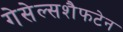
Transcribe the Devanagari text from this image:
गेसेल्सशैफटेन